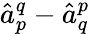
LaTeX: \hat{a}_{p}^{q}-\hat{a}_{q}^{p}